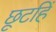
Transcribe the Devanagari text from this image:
छूटहिं